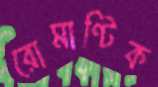
রোমাণ্টিক